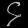
Digit: ၄